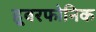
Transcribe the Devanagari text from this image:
हूवरफोनिक